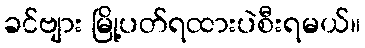
ခင်ဗျား မြို့ပတ်ရထားပဲစီးရမယ်။